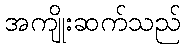
အကျိုးဆက်သည်